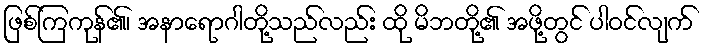
ဖြစ်ကြကုန်၏၊ အနာရောဂါတို့သည်လည်း ထို မိဘတို့၏ အဖို့တွင် ပါဝင်လျက်